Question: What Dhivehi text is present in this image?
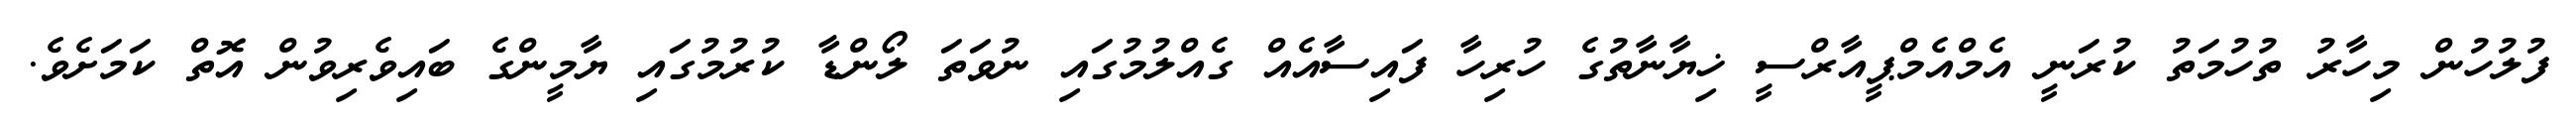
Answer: ފުލުހުން މިހާރު ތުހުމަތު ކުރަނީ އެމްއެމްޕީއާރްސީ ޚިޔާނާތުގެ ހުރިހާ ފައިސާއެއް ގެއްލުމުގައި ނުވަތަ ލޯންޑާ ކުރުމުގައި ޔާމީންގެ ބައިވެރިވުން އޮތް ކަމަށެވެ.